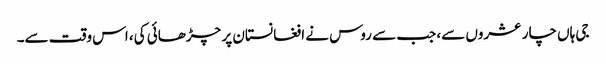
جی ہاں چار عشروں سے، جب سے روس نے افغانستان پر چڑھائی کی، اس وقت سے۔